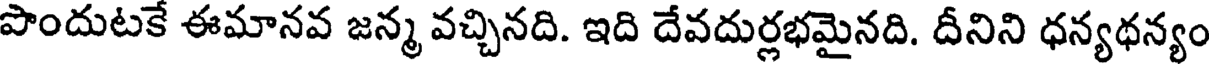
పొందుటకే ఈమానవ జన్మ వచ్చినది. ఇది దేవదుర్లభమైనది. దీనిని ధన్యథన్యం